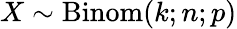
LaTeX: X\sim\operatorname{Binom}(k;n;p)